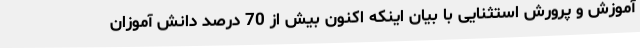
آموزش و پرورش استثنایی با بیان اینکه اکنون بیش از 70 درصد دانش آموزان